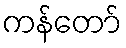
ကန်တော်